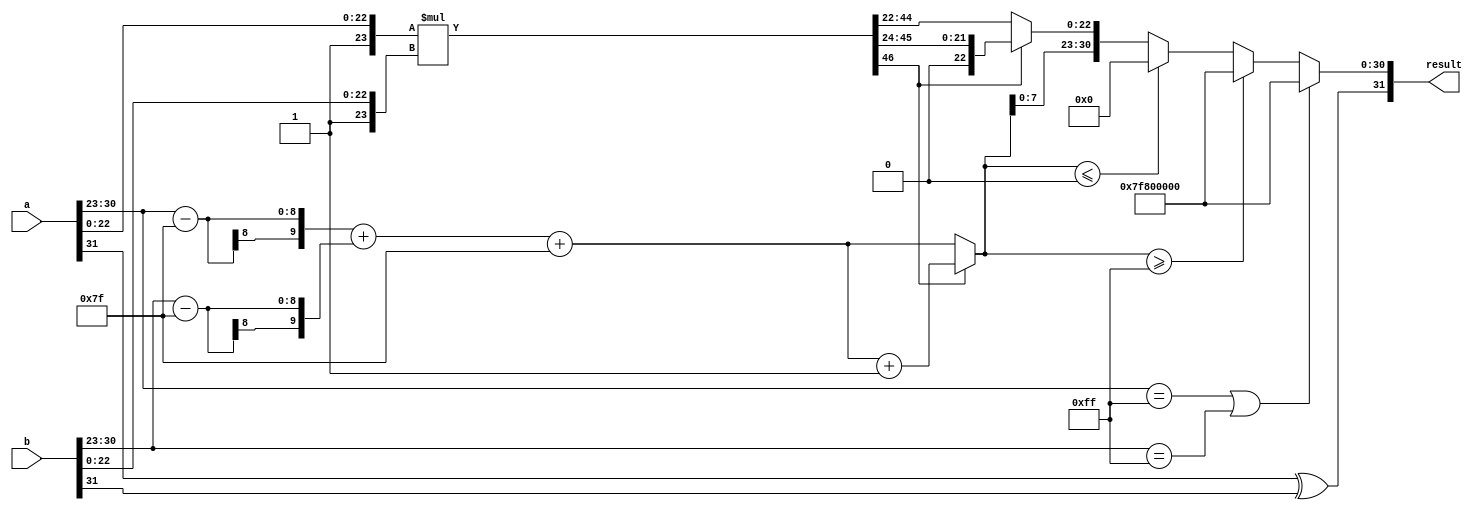
module floating_point_multiplier (
    input [31:0] a, // First floating-point number
    input [31:0] b, // Second floating-point number
    output reg [31:0] result // Resulting floating-point number
);

    // Constants
    parameter BIAS = 127;
    parameter MANTISSA_WIDTH = 23;
    parameter EXPONENT_WIDTH = 8;

    // Internal signals
    wire sign_a, sign_b;
    wire [EXPONENT_WIDTH-1:0] exp_a, exp_b;
    wire [MANTISSA_WIDTH-1:0] mant_a, mant_b;
    
    wire [MANTISSA_WIDTH+1:0] mant_a_extended, mant_b_extended;
    wire [MANTISSA_WIDTH+MANTISSA_WIDTH+1:0] mant_product;
    reg [EXPONENT_WIDTH+1:0] exp_result;
    reg sign_result;

    // Extract components
    assign sign_a = a[31];
    assign exp_a = a[30:23];
    assign mant_a = a[22:0];
    
    assign sign_b = b[31];
    assign exp_b = b[30:23];
    assign mant_b = b[22:0];

    // Extend mantissas to include implicit leading 1
    assign mant_a_extended = {1'b1, mant_a}; // 1.M1
    assign mant_b_extended = {1'b1, mant_b}; // 1.M2

    // Multiply mantissas
    assign mant_product = mant_a_extended * mant_b_extended;

    always @(*) begin
        // Calculate sign of the result
        sign_result = sign_a ^ sign_b;

        // Calculate exponent
        exp_result = (exp_a - BIAS) + (exp_b - BIAS) + BIAS;

        // Check for normalization
        if (mant_product[MANTISSA_WIDTH + MANTISSA_WIDTH] == 1) begin
            // Result is >= 2, shift right
            exp_result = exp_result + 1;
            result[22:0] = mant_product[MANTISSA_WIDTH + MANTISSA_WIDTH - 1:MANTISSA_WIDTH + 1]; // Drop the leading 1
        end else begin
            // Result is < 2, use the lower bits
            result[22:0] = mant_product[MANTISSA_WIDTH + MANTISSA_WIDTH - 2:MANTISSA_WIDTH - 1]; // Drop the leading 1
        end

        // Handle special cases
        if (exp_a == 8'b11111111 || exp_b == 8'b11111111) begin
            // One of the inputs is NaN or Infinity
            result = {sign_result, 8'b11111111, 23'b0}; // Result is NaN or Infinity
        end else if (exp_result >= 8'b11111111) begin
            // Overflow
            result = {sign_result, 8'b11111111, 23'b0}; // Result is Infinity
        end else if (exp_result <= 0) begin
            // Underflow
            result = {sign_result, 8'b00000000, 23'b0}; // Result is zero
        end else begin
            // Assemble final result
            result = {sign_result, exp_result[EXPONENT_WIDTH-1:0], result[22:0]};
        end
    end

endmodule